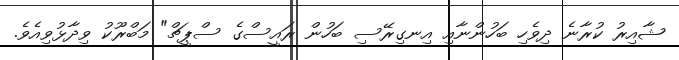
ޝާއިރު ކުރާނެ ދިވެހި ބަހުންނާއި އިނގިރޭސި ބަހުން ރައީސްގެ ސްޕީޗް" މަބްރޫކު ވިދާޅުވިއެވެ.